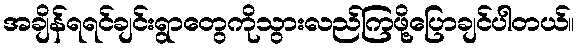
အချိန်ရရင်ချင်းရွာတွေကိုသွားလည်ကြဖို့ပြောချင်ပါတယ်။